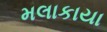
મલાકાયા